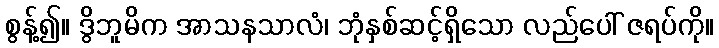
စွန့်၍။ ဒွိဘူမိက အာသနသာလံ၊ ဘုံနှစ်ဆင့်ရှိသော လည်ပေါ် ဇရပ်ကို။